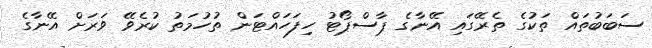
ސަބަބުތައް ތަކުގެ ތެރޭގައި އޭނާގެ ޕާސްޕޯޓު ހިފަހައްޓަން ތުހުމަތު ކުރެވޭ ވަރަށް އޭނާގެ